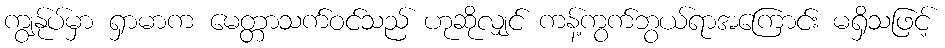
ကျွန်ုပ်မှာ ရှာမာက မေတ္တာသက်ဝင်သည် ဟုဆိုလျှင် ကန့်ကွက်ဘွယ်ရာအကြောင်း မရှိသဖြင့်